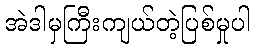
အဲဒါမှကြီးကျယ်တဲ့ပြစ်မှုပါ